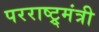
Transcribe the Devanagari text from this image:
परराष्ट्र्मंत्री